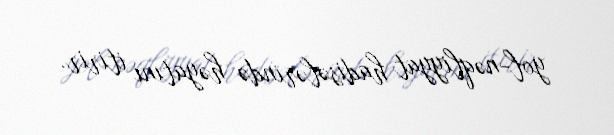
yol-nəqliyyat hadisələrində həyatını itirir.